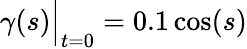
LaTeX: \gamma(s)\Big|_{t=0}=0.1\cos(s)